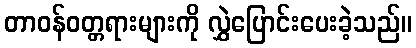
တာဝန်ဝတ္တရားများကို လွှဲပြောင်းပေးခဲ့သည်။